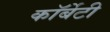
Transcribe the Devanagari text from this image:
कॉर्बेटी